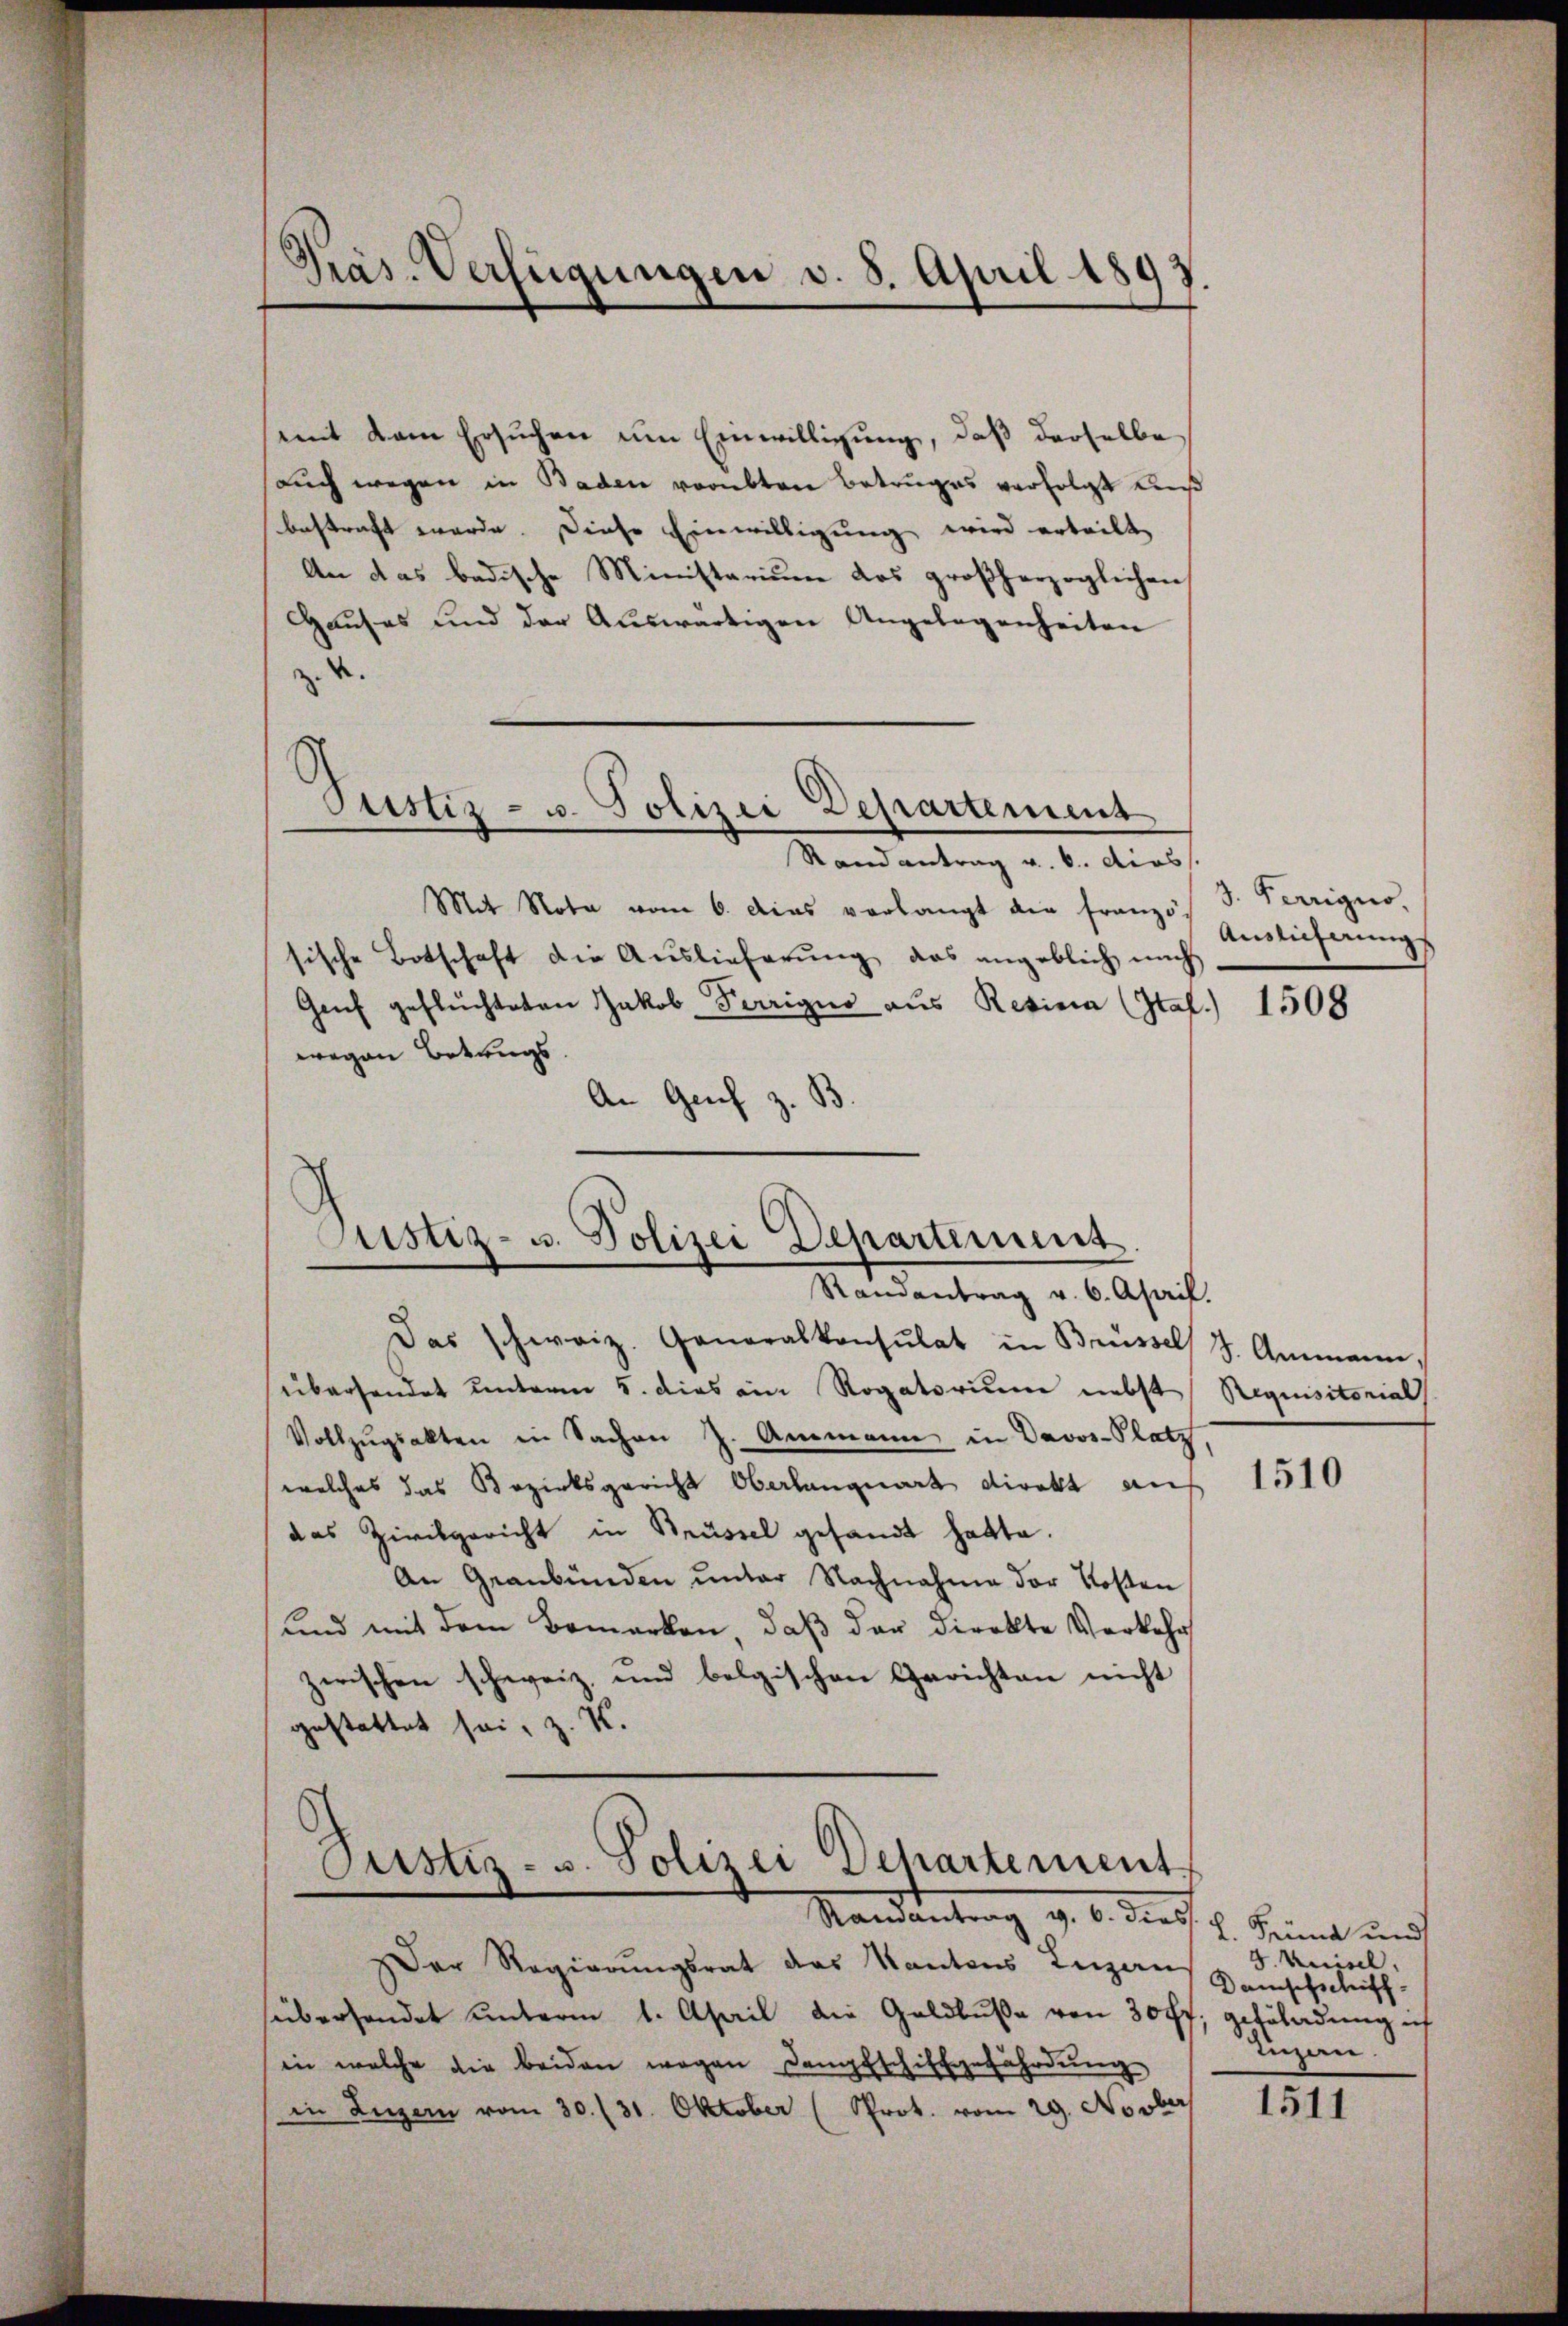
Präs. Verfügungen d. 8. April 1897.

mit dem Ersuchen um Einwilligung, daß derselbe
auch wegen in Baden verübten Betruges verfolgt aus
bestraft werde. Diese Einwilligung wird erteilt,
An das badische Ministarium das großherzoglichen
Hauses und der Auswärtigen Angelegenheiten
z. 4.
.
Justiz- u. Polizei Departement
Randantrag v. 6. dies
Mit Nota vom 6. Das verlangt die französ
sische Botschaft die Auslieferung, das angeblich nich
Genf geflüchteten Jakob Terrigus aus Resina (Ital
wegen Betrugs.
An Genf z. B.

Justiz- u. Polizei Departement.

Das schweiz. Generalkonsulat in Brüssel 7. Ammann,
überhandet unterm 5. dies ein Rogatorium nebst Requisitorial
Vollzŭgsakten in Sachen J. Ammann in Davos-Platz
welches das Bezirksgericht Oberlanquart direkt auf
das Zivilgericht in Brüssel gesandt hatte.
An Graubünden unter Nachnahme der Kosten
und mit dem Bemerken, daß der Direkte Verkehr
zwischen schweiz, und belgischen Gerichten nicht
gestattet sei, z. K.
Justiz- u. Polizei Dehartement.

Randantrag v. 6. April.

Randentrag d. 6. dies. v. Seine und

Der Regierungsrat das Kantons Luzern
süberhandet unterm 1. April die Geldbuße von 30 ff. geböladung ich
in welche die beiden wegen Langfschiffgefährdung
in Luzern vom 30. (31. Oktober (Prot. vom 29. Novber

3. Perriguo.
Auslieferung

1508

1510

J. Anisel,
Damschschiff
Tuzen.

1511